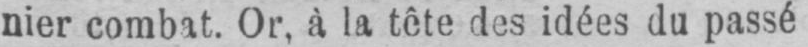
nier combat. Or, à la tête des idées du passé